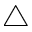
\bigtriangleup